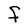
Character: F